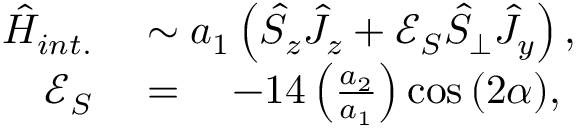
\begin{array} { r l } { \hat { H } _ { i n t . } } & { { } \sim a _ { 1 } \left( \hat { S } _ { z } \hat { J } _ { z } + \mathcal { E } _ { S } \hat { S } _ { \bot } \hat { J } _ { y } \right) , } \\ { \mathcal { E } _ { S } } & { { } = \quad - 1 4 \left( \frac { a _ { 2 } } { a _ { 1 } } \right) \cos { ( 2 \alpha ) } , } \end{array}